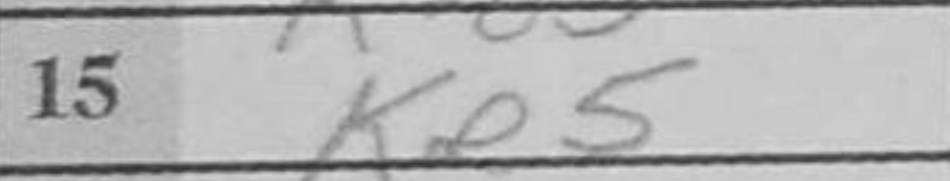
Transcription: Ke5